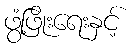
ဖွံ့ဖြိုးရေးနှင့်